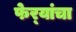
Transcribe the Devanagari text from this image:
फेर्‍यांचा